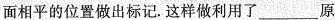
面相平的位置做出标记.这样做利用了___原